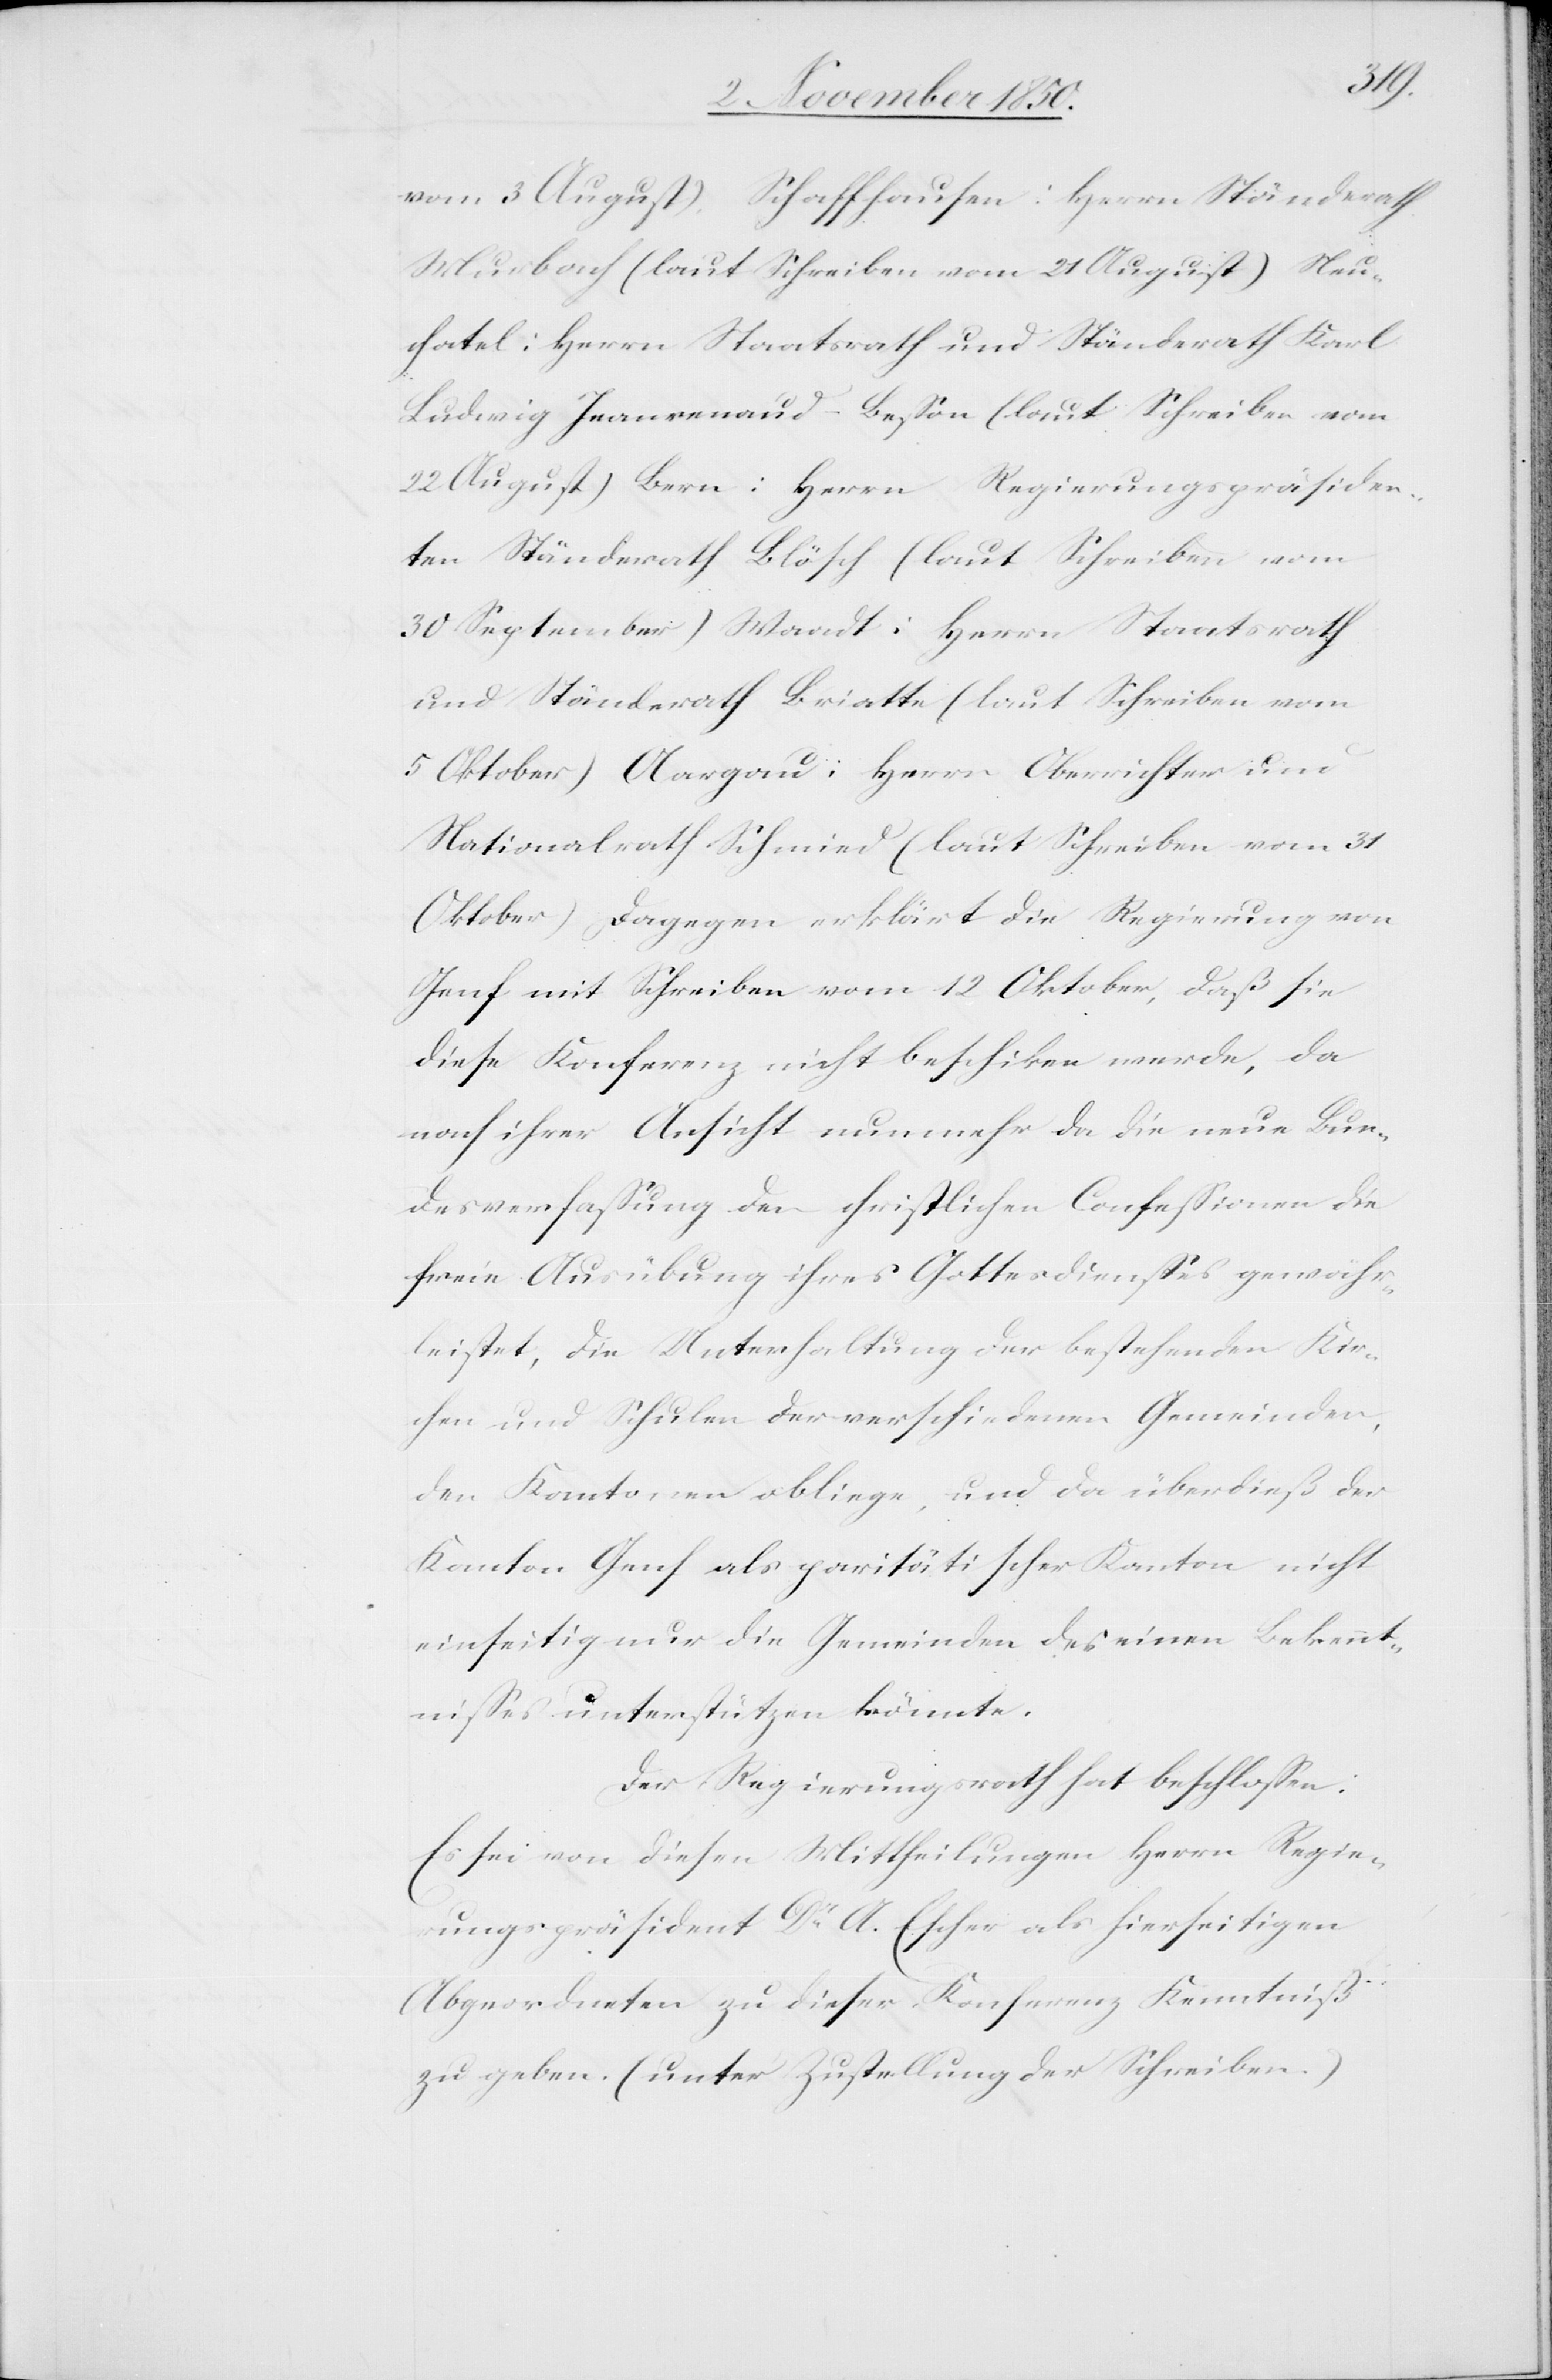
vom 3 August), Schaffhausen: Herrn Ständerath
Murbach (laut Schreiben vom 21 August) Neu¬
chatel: Herrn Staatsrath und Ständerath Karl
Ludwig Jeanrenaud-Besson (laut Schreiben vom
22 August) Bern: Herrn Regierungspräsiden¬
ten Ständerath Blösch (laut Schreiben vom
30 September) Waadt: Herrn Staatsrath
und Ständerath Briatte (laut Schreiben vom
5 Oktober) Aargau: Herrn Oberrichter und
Nationalrath Schmied (laut Schreiben vom 31
Oktober). Dagegen erklärt die Regierung von
Genf mit Schreiben vom 12 Oktober, daß sie
diese Konferenz nicht beschiken werde, da
nach ihrer Ansicht nunmehr da die neue Bun¬
desverfassung der christlichen Confessionen die
freie Ausübung ihres Gottesdienstes gewähr¬
leistet, die Unterhaltung der bestehenden Kir¬
chen und Schulen der verschiedenen Gemeinden,
den Kantonen obliege, und da überdieß der
Kanton Genf als paritätischer Kanton nicht
einseitig nur die Gemeinden des einen Bekennt¬
nisses unterstützen könnte.
Der Regierungsrath hat beschlossen:
Es sei von diesen Mittheilungen Herrn Regie¬
rungspräsident Dr A. Escher als hierseitigen
Abgeordneten zu dieser Konferenz Kenntniß
zu geben. (unter Zustellung der Schreiben.)